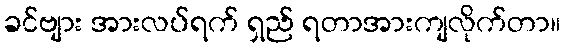
ခင်ဗျား အားလပ်ရက် ရှည် ရတာအားကျလိုက်တာ။